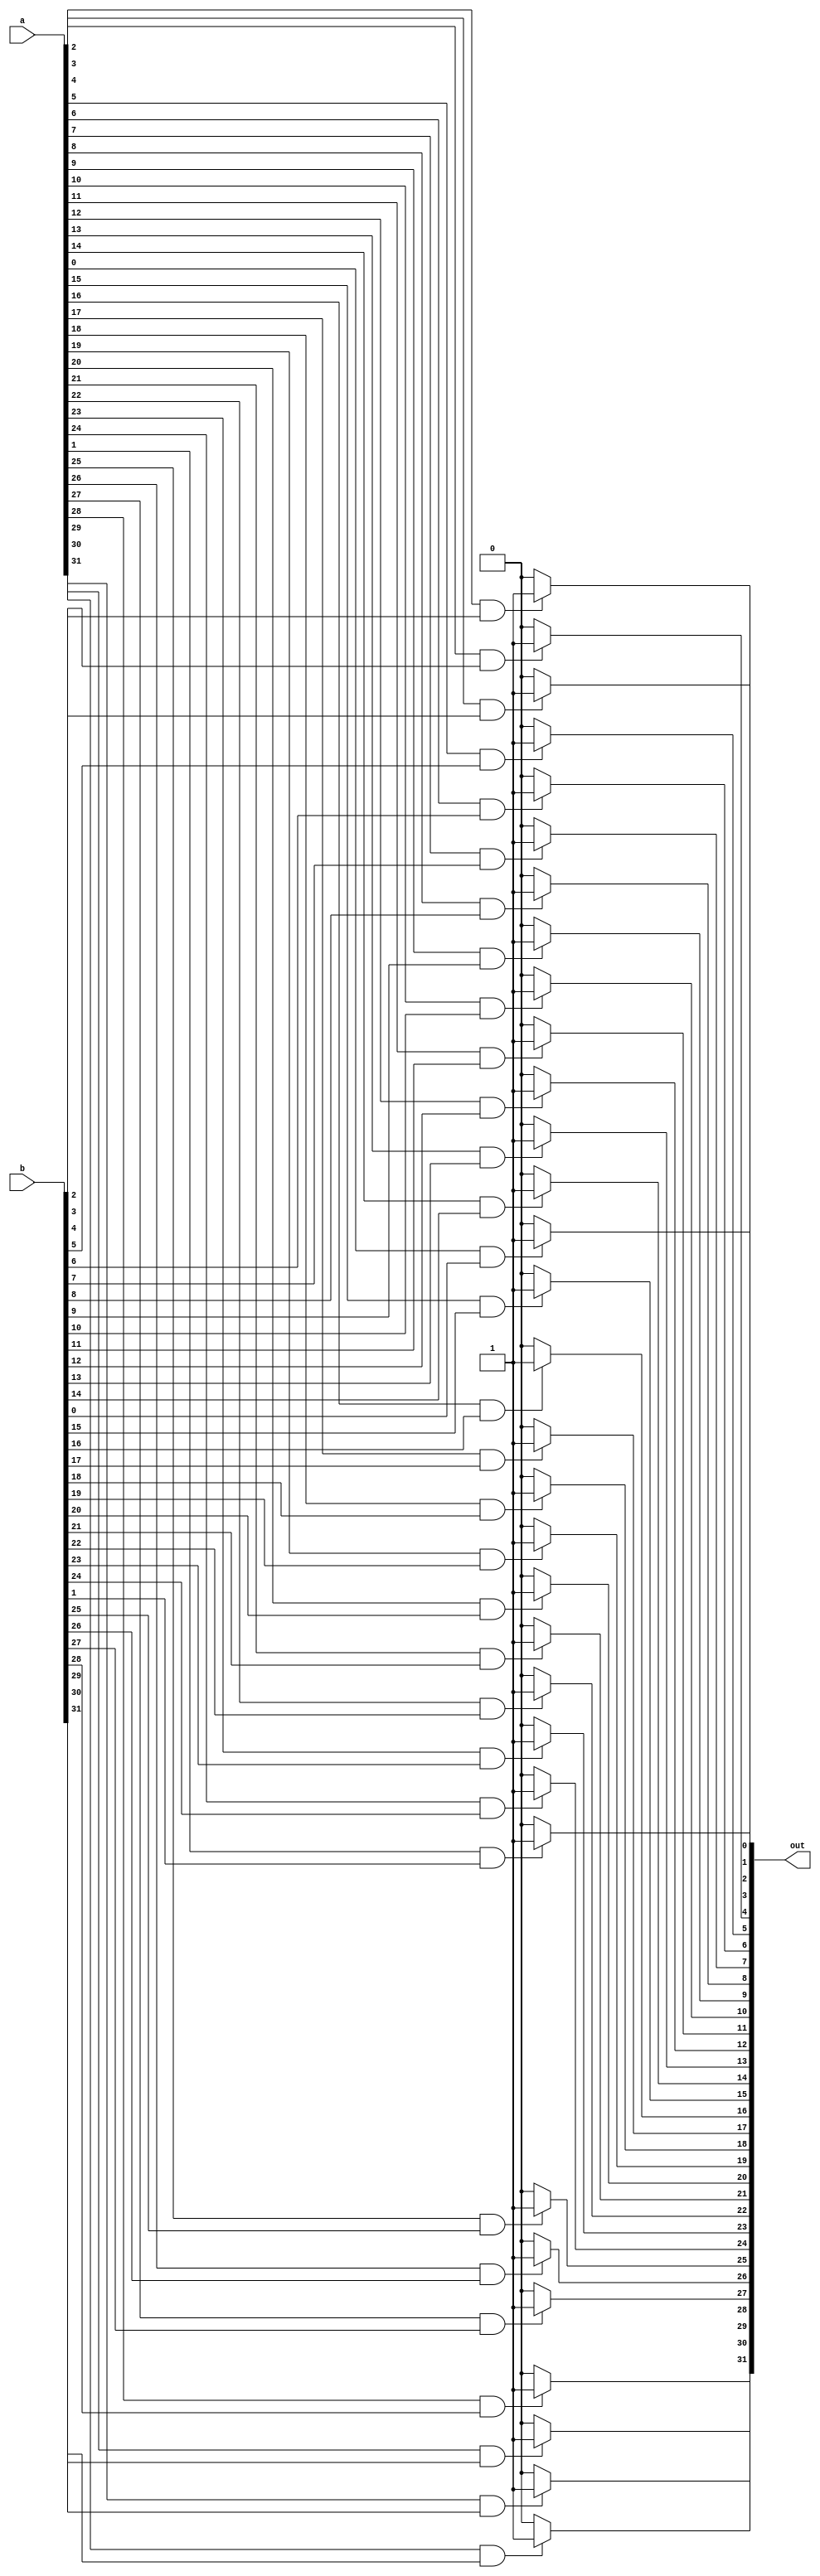
// Garvit Arora - 200372
// Apurb Agarwal - 200179
module andgate(
    input [31:0] a,
    input [31:0] b,
    output reg [31:0] out
);
integer i;
always @(*) begin
    for(i = 0; i<32; i=i+1) begin
        if(a[i]==1'b1 && b[i]==1'b1) begin
            out[i] = 1'b1;
        end
        else begin
            out[i] = 1'b0;
        end
    end
end


endmodule